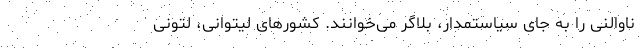
ناوالنی را به جای سیاستمدار، بلاگر می‌خوانند. کشورهای لیتوانی، لتونی